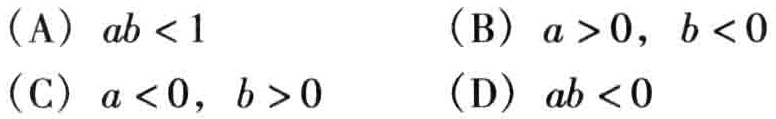
（A）\(ab < 1\) （B）\(a > 0,\ b < 0\)

（C）\(a < 0,\ b > 0\) （D）\(ab < 0\)